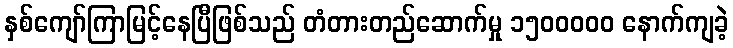
နှစ်ကျော်ကြာမြင့်နေပြီဖြစ်သည် တံတားတည်ဆောက်မှု ၁၅၀၀ဝဝဝ နောက်ကျခဲ့